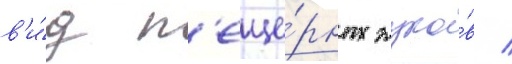
в'и́д п'еще́рных жуко́в /